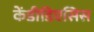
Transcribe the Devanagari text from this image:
केंडीडिएसिस